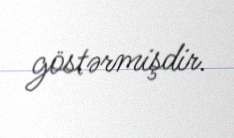
göstərmişdir.